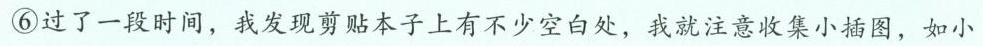
⑥过了一段时间，我发现剪贴本子上有不少空白处，我就注意收集小插图，如小